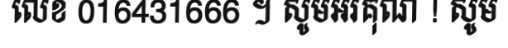
លេខ 016431666 ។ សូមអរគុណ ! សូម